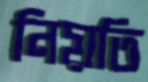
নিয়তি